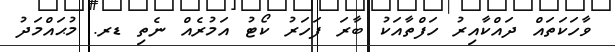
ވާހަކަތައް ދައްކާއިރު ހަފްތާއަކު ބާރަ ފަހަރު ކޯޓު އަމުރެއް ނެތި ޑރ. މުޙައްމަދު